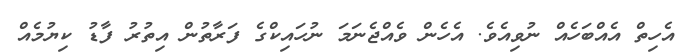
އެހިތް އެއްބަހެއް ނުވިއެވެ. އެހެން ވެއްޖެނަމަ ނުހައިކްގެ ފަރާތުން އިތުރު ފާޑު ކިޔުމެއް